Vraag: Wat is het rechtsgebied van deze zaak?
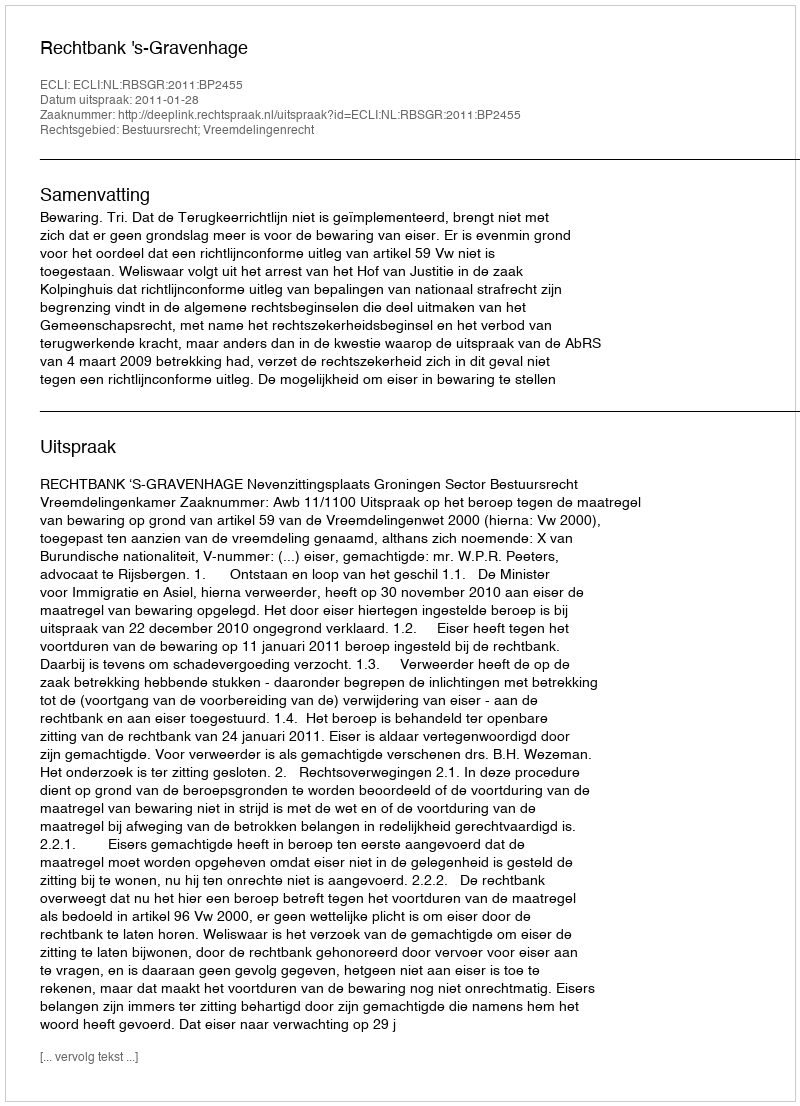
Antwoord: Bestuursrecht; Vreemdelingenrecht